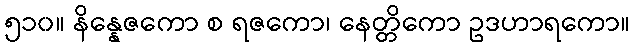
၅၁၀။ နိန္နေဇကော စ ရဇကော၊ နေတ္တိကော ဥဒဟာရကော။